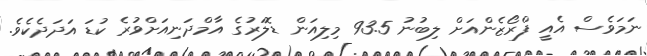
ނަމަވެސް އެއީ ފްރޯޒެންއަށް ލިބުނު 93.5 މިލިއަން ޑޮލަރުގެ އާމްދަނިއަށްވުރެ ކުޑަ އަދަދެކެވެ.